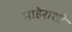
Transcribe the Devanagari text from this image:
माहेराशी